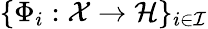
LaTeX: \{ \Phi_{i}:\mathcal{X}\to\mathcal{H}\} _{i\in\mathcal{I}}